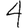
Digit: 4